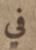
في